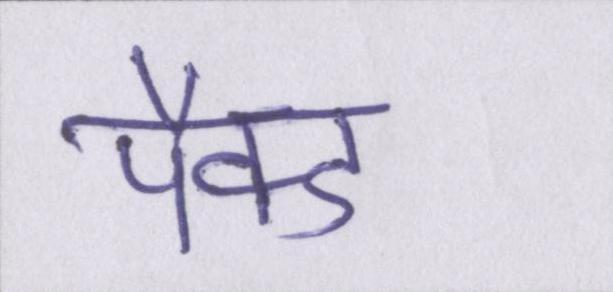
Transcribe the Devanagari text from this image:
पैक्ड